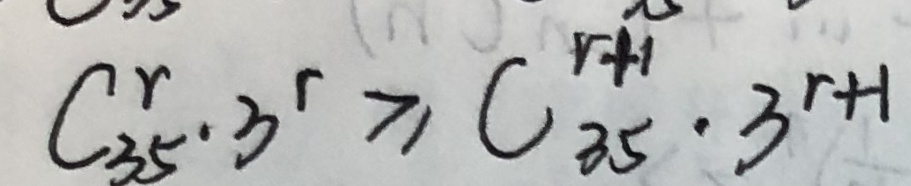
C ^ { r } _ { 3 5 } \cdot 3 ^ { r } \geq C ^ { r + 1 } _ { 3 5 } \cdot 3 ^ { r + 1 }